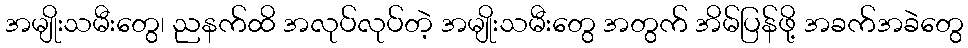
အမျိုးသမီးတွေ၊ ညနက်ထိ အလုပ်လုပ်တဲ့ အမျိုးသမီးတွေ အတွက် အိမ်ပြန်ဖို့ အခက်အခဲတွေ